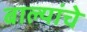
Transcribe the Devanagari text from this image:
बाल्यांचे